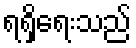
ရရှိရေးသည်